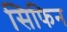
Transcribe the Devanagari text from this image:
सिफिन